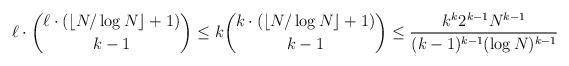
LaTeX: \begin{align*} \ell \cdot \binom{\ell \cdot (\lfloor N /\log N\rfloor+1)}{k-1}\leq k\binom{k\cdot (\lfloor N /\log N\rfloor+1)}{k-1}\leq \frac{k^k 2^{k-1}N^{k-1}}{(k-1)^{k-1}(\log N)^{k-1}}\end{align*}